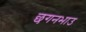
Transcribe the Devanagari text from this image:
छगनभाउ